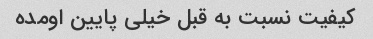
کیفیت نسبت به قبل خیلی پایین اومده